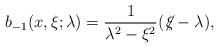
LaTeX: \begin{align*}b_{-1}(x,\xi;\lambda)=\frac{1}{\lambda^2-\xi^2}(\not\! \xi -\lambda),\end{align*}